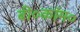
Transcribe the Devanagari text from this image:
बी०कॉम०